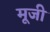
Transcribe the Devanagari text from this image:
मूजी